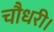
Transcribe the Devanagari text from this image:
चौधरी।